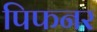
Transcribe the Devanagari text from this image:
पिफनर